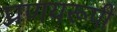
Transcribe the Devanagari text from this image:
प्रणयरूपी